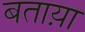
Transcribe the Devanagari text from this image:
बताय़ा